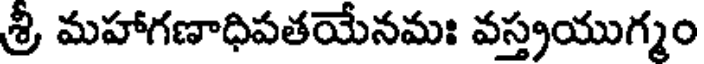
శ్రీ మహాగణాధిపతయేనమః వస్త్రయుగ్మం